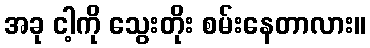
အခု ငါ့ကို သွေးတိုး စမ်းနေတာလား။